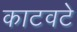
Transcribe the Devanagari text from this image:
काटवटे